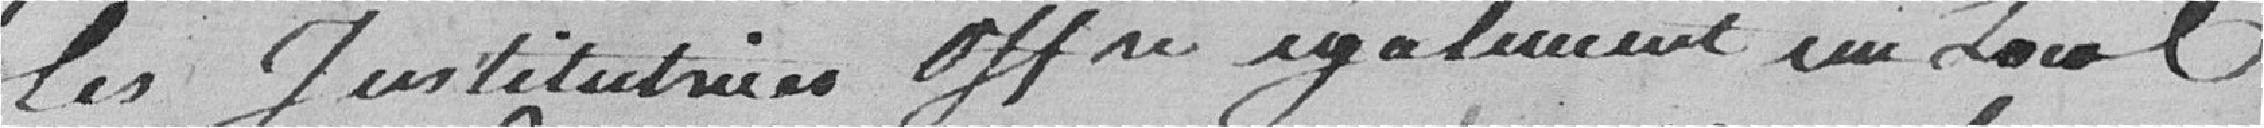
les Instituteurs offre également un Local